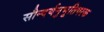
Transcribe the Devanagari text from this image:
सौन्दर्यनुभूतिपरक